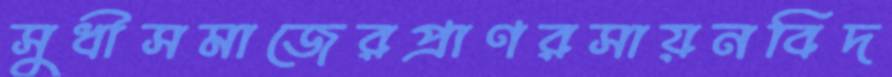
সুধীসমাজেরপ্রাণরসায়নবিদ